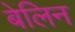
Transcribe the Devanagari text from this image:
बेलिन